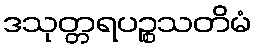
ဒသုတ္တရပဉ္စသတိမံ